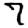
Digit: 7